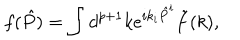
f ( \hat { P } ) = \int d ^ { p + 1 } k e ^ { i k _ { i } \hat { P } ^ { i } } \tilde { f } ( k ) ,